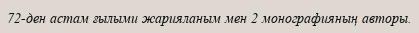
72-ден астам ғылыми жарияланым мен 2 монографияның авторы.